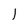
Character: 1